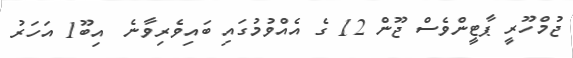
ޖުމްހޫރީ ޕާޓީންވެސް ޖޫން 12 ގެ އެއްވުމުގައި ބައިވެރިވާނެ  އިބޫ1 އަހަރު